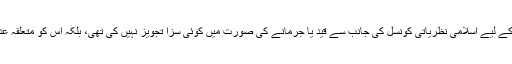
مولانا شیرانی نے اکھٹے تین طلاقیں دینے والے خاوند کے لیے اسلامی نظریاتی کونسل کی جانب سے قید یا جرمانے کی صورت میں کوئی سزا تجویز نہیں کی تھی، بلکہ اس کو متعلقہ عدالتوں پر چھوڑ ا تھا کہ وہ جو چاہیں سزا دے سکتی ہیں۔